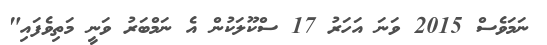
ނަމަވެސް 2015 ވަނަ އަހަރު 17 ސްކޫލަކުން އެ ނަމްބަރު ވަނީ މަތިވެފައި"